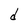
Character: d